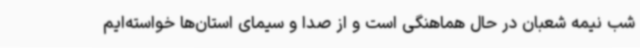
شب نیمه شعبان در حال هماهنگی است و از صدا و سیمای استان‌ها خواسته‌ایم